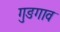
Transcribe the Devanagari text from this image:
गुङगाव